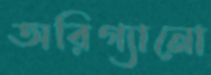
অরিগ্যানো